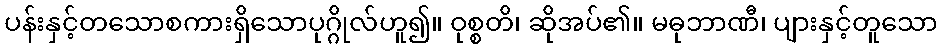
ပန်းနှင့်တသောစကားရှိသောပုဂ္ဂိုလ်ဟူ၍။ ဝုစ္စတိ၊ ဆိုအပ်၏။ မဓုဘာဏီ၊ ပျားနှင့်တူသော